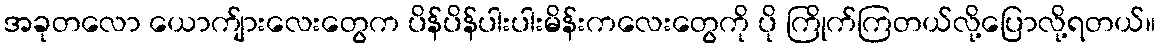
အခုတလော ယောက်ျားလေးတွေက ပိန်ပိန်ပါးပါးမိန်းကလေးတွေကို ပို ကြိုက်ကြတယ်လို့ပြောလို့ရတယ်။